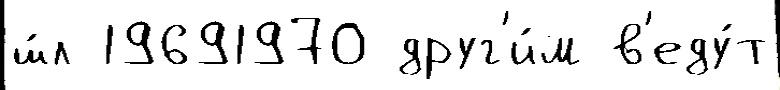
ш́л 19691970 друг'и́м в'еду́т